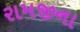
રામજીના